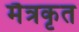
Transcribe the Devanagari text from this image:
मैत्रकृत